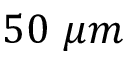
5 0 \ \mu m